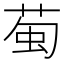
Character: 𫈖